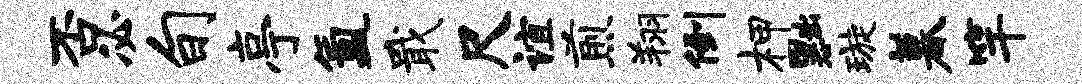
否必旬亭氲戢尺谊煎翔倒柙黜璇暮竿